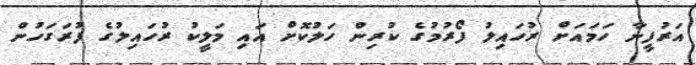
އަރުފީނާ ހަމައަށް ރުހައިލު ފޯރުމުގެ ކުރިން ހަލުކޮށް އައި މަލީކު ރުހައިލުގެ ފުރަގަހުން